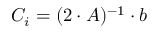
C _ { i } = ( 2 \cdot A ) ^ { - 1 } \cdot b